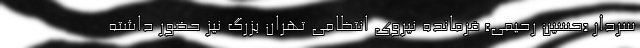
سردار «حسین رحیمی» فرمانده نیروی انتظامی تهران بزرگ نیز حضور داشته